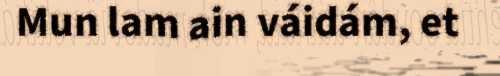
Mun lam ain váidám, et